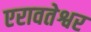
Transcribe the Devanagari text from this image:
एरावतेश्वर